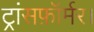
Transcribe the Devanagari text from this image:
ट्रांसफ़ॉर्मर।